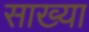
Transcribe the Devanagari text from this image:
साख्या